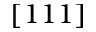
[ 1 1 1 ]